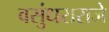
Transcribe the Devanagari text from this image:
वसुंधराराजे